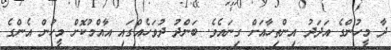
ދާ މީހުންގެ އަދަދު އިންތިހާއަށް ގިނައެވެ. ބަންދު ދުވަހެއްގައި އާއްމުކޮށް މީހުން އެންގެ